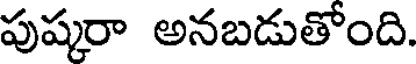
పుష్కరా అనబడుతోంది.